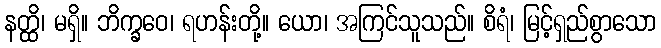
နတ္ထိ၊ မရှိ။ ဘိက္ခဝေ၊ ရဟန်းတို့။ ယော၊ အကြင်သူသည်။ စိရံ၊ မြင့်ရှည်စွာသော